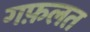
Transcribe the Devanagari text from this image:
गफ़लत